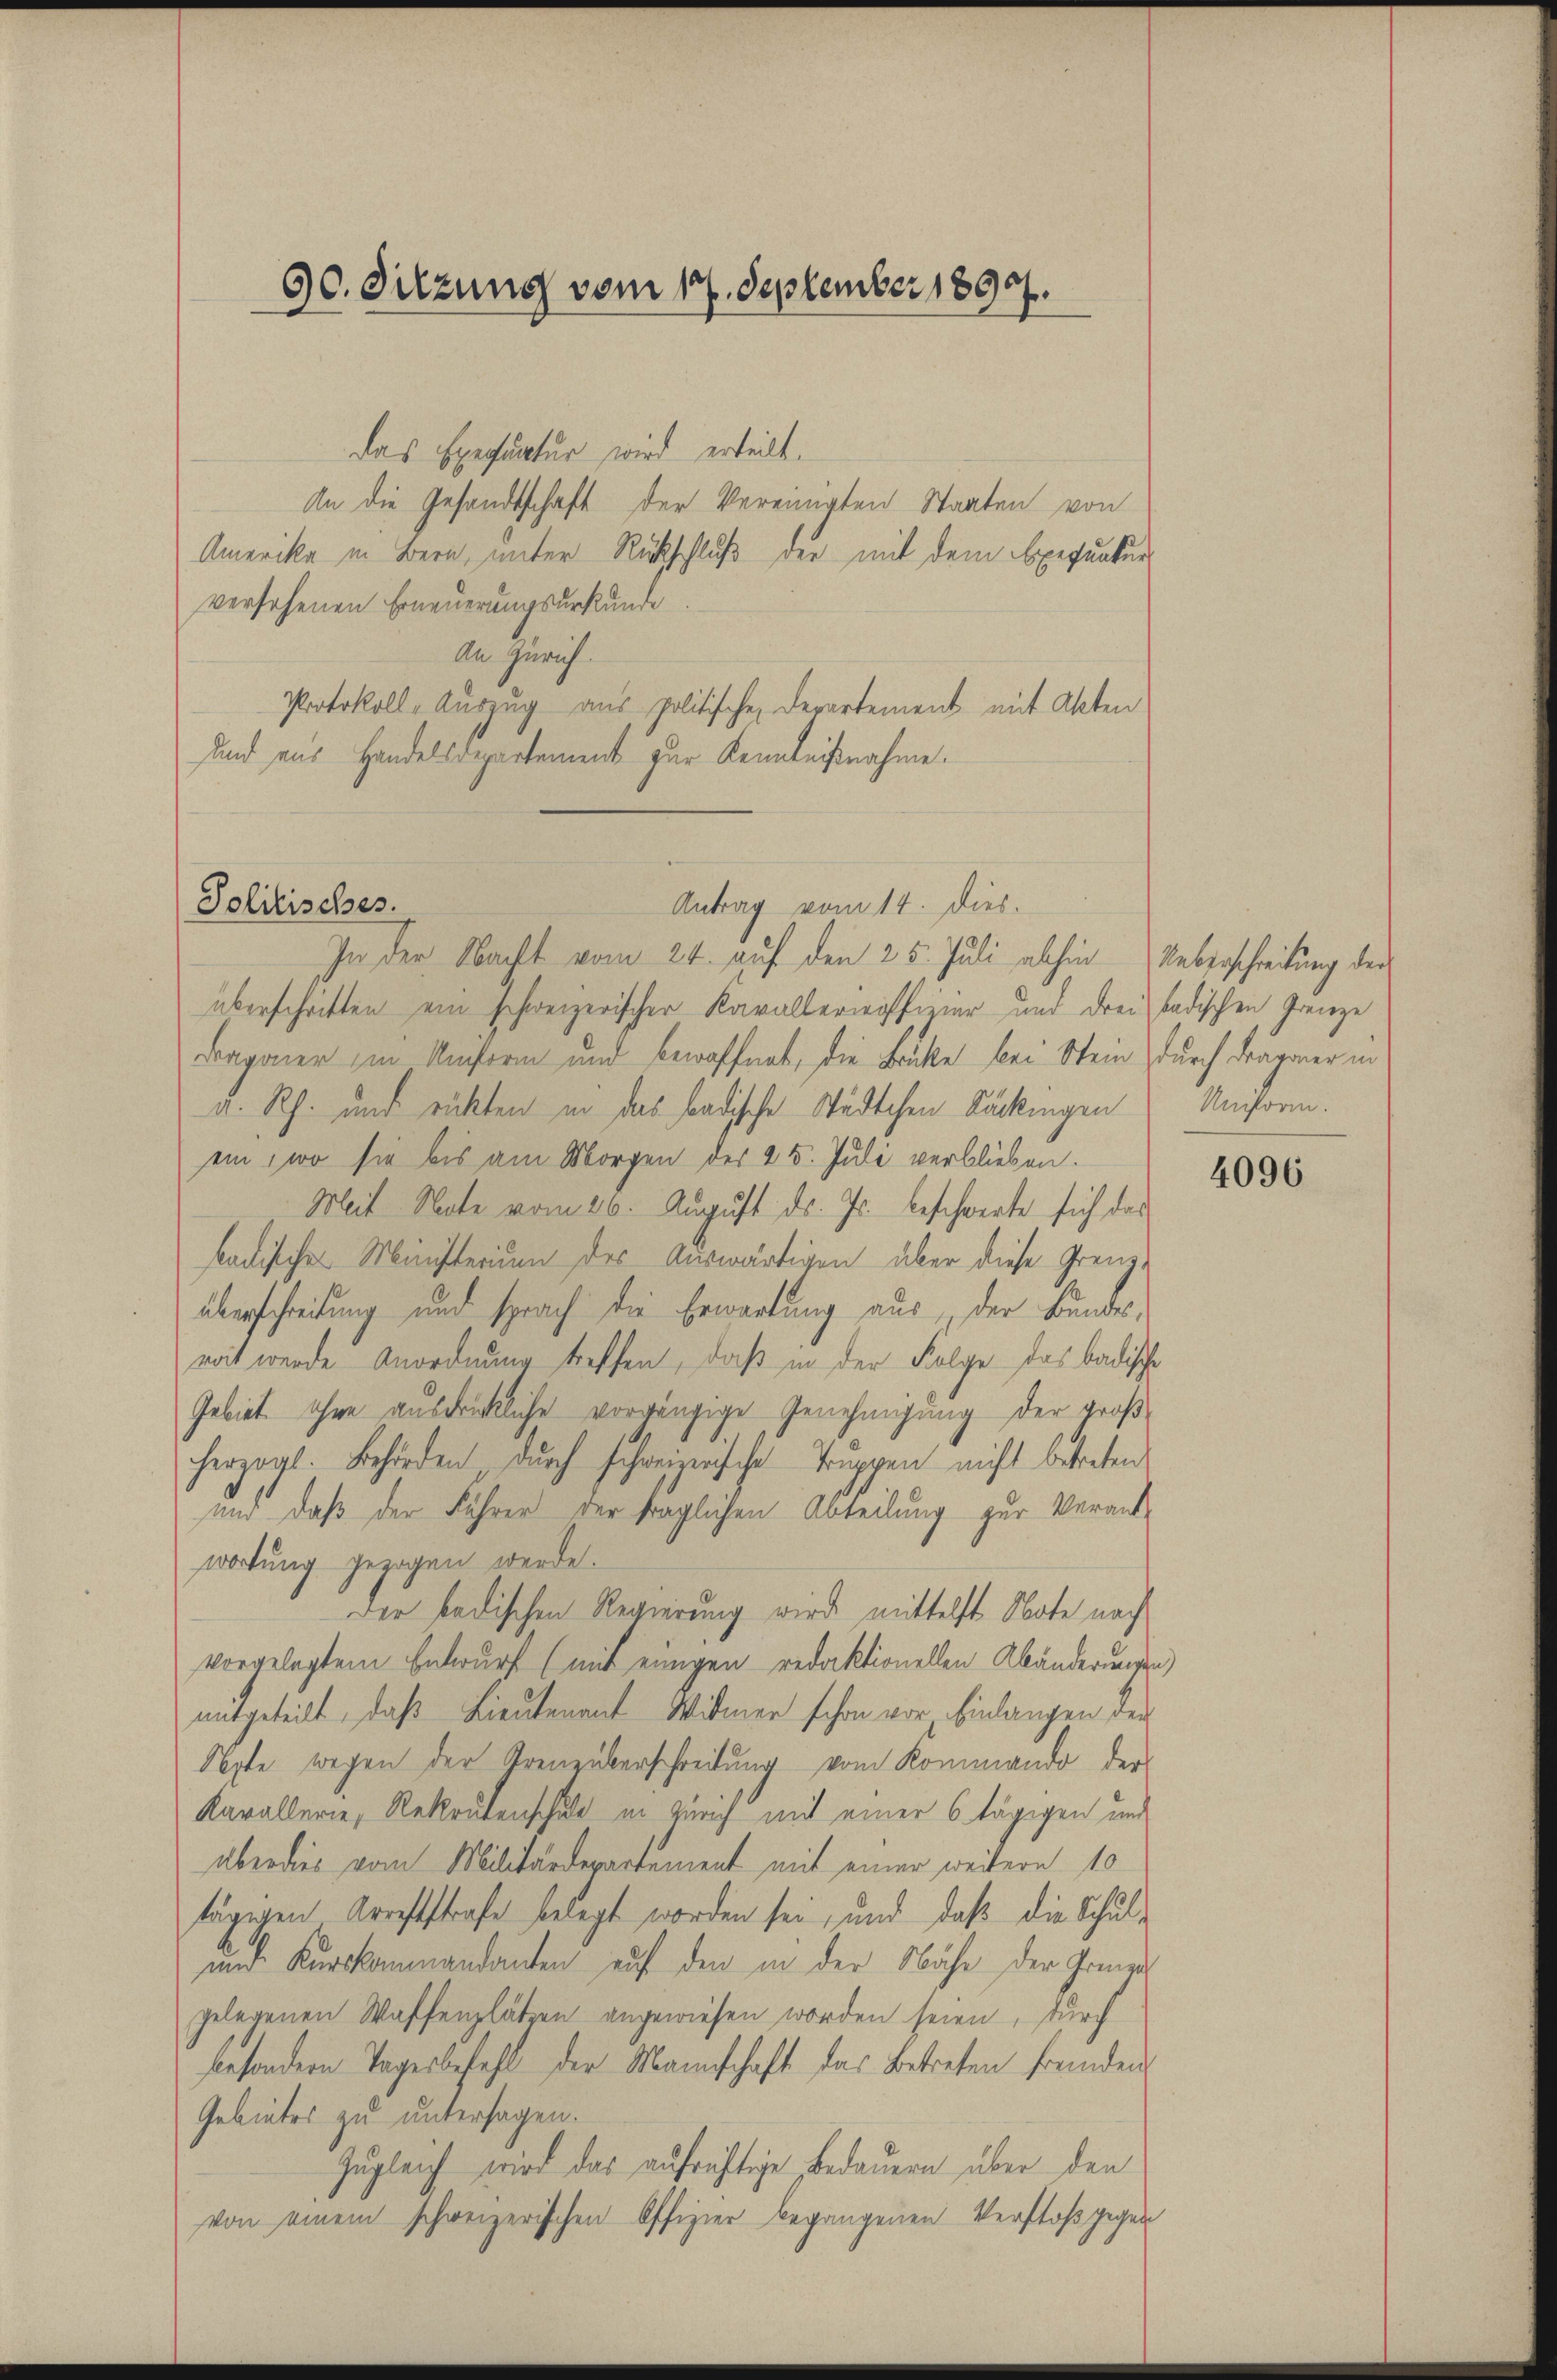
Politisches.

90. Sitzung vom 17. September 1890.
.

Das Exequatur wird erteilt.
An die Gesandtschaft der Vereinigten Staaten von
Amerika in Bern, unter Rückschluß der mit dem Exequatur
versehenen Erneuerungsurkunde
An Zürich.
Protokoll-Auszug aus politischen Departement mit Akten
und aus Handelsdepartement zur Kenntnißnahme.
In der Nacht vom 24. auf den 25. Juli abhin Ueberschreibung der
überschritten ein schweizerischer Kavallerwoffizier und drei badischen Grenze
Bagoner in Unterm und bewaffnet, die Brücke bei Stein durch Dragoner in
a. Rh. und rückten in das badische Städtchen Säckingen Uniform.
ein, wo sie bis am Morgen des 25. Juli verblieben.
Meit Note vom 26. August ds. Js. beschwerte sich das
badischen Meisterium des Auswärtigen, über diese Grenzüberschreibung und sprach die Erwartung aus der Bundeswit werde Anordnung treffen, daß in der Folge das badische
Gebiet ohne ausdrückliche vorgängige Genehmigung der großherzogl. Behörden durch schweizerische Truppen nicht betreten
und daß der Führer der fraglichen Abteilung zur Verant-
wortung gezogen werde.
der badischen Regierung wird mittelst Note nach
vorgelegtem Entwurf (mit einigen redaktionellen Abänderungen)
mitgeteilt, daß Lieutenant Mitmer schon vor Einlangen der
Septe wegen der Kreuzüberschreibung vom Kommando der
Kavallerie, Rekrutenschuld in Zürich mit einer 6 tägigen und
überdies vom Militärdepartement mit einer weitern 10
tägigen Arreststrafe belegt worden sei, und daß die Schul¬
und Kurskommandanten auf den in der Nähe der Grundgelegenen Waffenplätzen angewiesen worden seien, durch
besondern Tagesbefehl der Mannschaft das Betreten fremden
Gebietes zu untersagen.
Zugleich wird das aufrüchtige Bedauern über den
von einem schweizerischen Offizier begangenen Verstoß gegen

Antrag vom 14. Dies.

4096